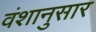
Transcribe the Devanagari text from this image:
वंशानुसार